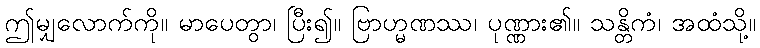
ဤမျှလောက်ကို။ မာပေတွာ၊ ပြီး၍။ ဗြာဟ္မဏဿ၊ ပုဏ္ဏား၏။ သန္တိကံ၊ အထံသို့။